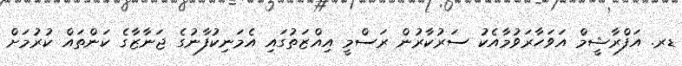
ޑރ. އަފްރާޝީމް އަވަހާރަވުމާއެކު ސަރުކާރުން ރަސްމީ އިއްޒަތުގައި އެމަނިކުފާނުގެ ޖަނާޒާގެ ކަންތައް ކުރުމަށް